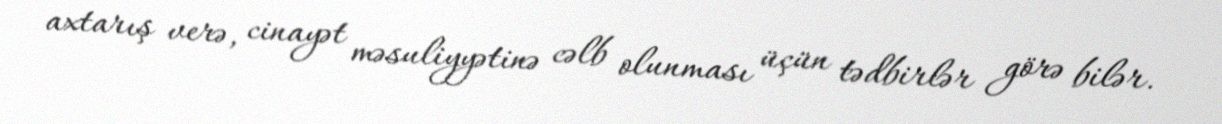
axtarış verə, cinayət məsuliyyətinə cəlb olunması üçün tədbirlər görə bilər.